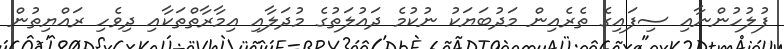
ފުލުހުންނާއި ސިފައިގެ ތެރެއިން މަދުބަޔަކު ނުކުމެ ދައުލަތުގެ މުދަލާއި އިމާރާތްތަކާއި ދިވެހި ރައްޔިތުން